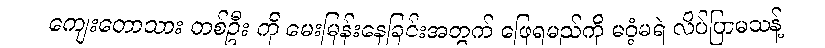
ကျေးတောသား တစ်ဦး ကို မေးမြန်းနေခြင်းအတွက် ဖြေရမည်ကို မဝံ့မရဲ လိပ်ပြာမသန့်